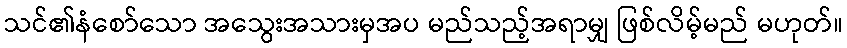
သင်၏နံစော်သော အသွေးအသားမှအပ မည်သည့်အရာမျှ ဖြစ်လိမ့်မည် မဟုတ်။